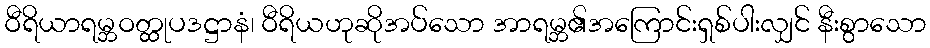
ဝီရိယာရမ္ဘဝတ္ထုပဒဋ္ဌာနံ၊ ဝီရိယဟုဆိုအပ်သော အာရမ္ဘ၏အကြောင်းရှစ်ပါးလျှင် နီးစွာသော